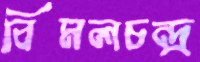
বিমলচন্দ্র